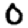
Digit: 0